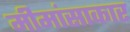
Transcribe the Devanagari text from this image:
मीमांसाकार